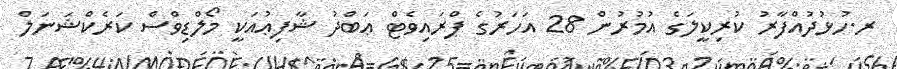
ރ.ހުޅުދުއްފާރު ކުރިކީލަގެ އުމުރުން 28 އަހަރުގެ ޕްރައިވެޓް ޢަބްދު ޝާފިޢުއަކީ މޯލްޑިވްސް ކަރެކްޝަނަލް